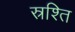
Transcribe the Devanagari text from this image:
स्रश्ति